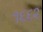
૧૬૬૨